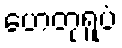
ဟေတုရူပံ